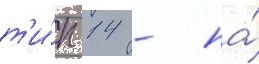
т'и́п 14 - на́